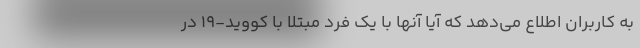
به کاربران اطلاع می‌دهد که آیا آنها با یک فرد مبتلا با کووید-19 در